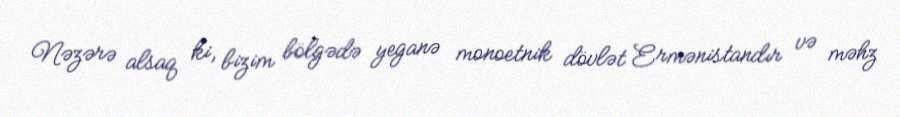
Nəzərə alsaq ki, bizim bölgədə yeganə monoetnik dövlət Ermənistandır və məhz